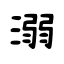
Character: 溺